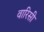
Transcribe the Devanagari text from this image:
वारिसी